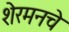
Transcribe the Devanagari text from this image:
शेरमनचे